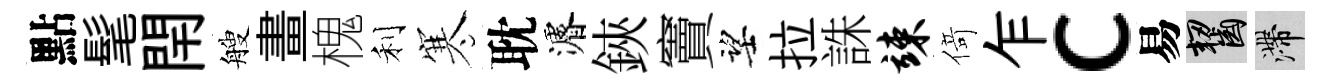
點髦閈艘畫槐利寒耽濬鋏竇望拉誅竦𠋣乍c易齧滯